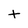
Character: t